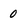
Character: 0